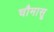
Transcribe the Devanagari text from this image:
चौमासू